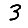
Digit: 3